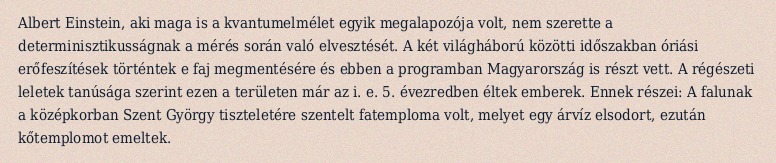
Albert Einstein, aki maga is a kvantumelmélet egyik megalapozója volt, nem szerette a determinisztikusságnak a mérés során való elvesztését. A két világháború közötti időszakban óriási erőfeszítések történtek e faj megmentésére és ebben a programban Magyarország is részt vett. A régészeti leletek tanúsága szerint ezen a területen már az i. e. 5. évezredben éltek emberek. Ennek részei: A falunak a középkorban Szent György tiszteletére szentelt fatemploma volt, melyet egy árvíz elsodort, ezután kőtemplomot emeltek.